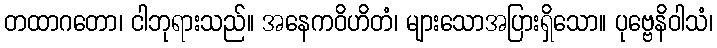
တထာဂတော၊ ငါဘုရားသည်။ အနေကဝိဟိတံ၊ များသောအပြားရှိသော။ ပုဗ္ဗေနိဝါသံ၊